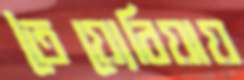
তৈয়্যেবিয়ায়